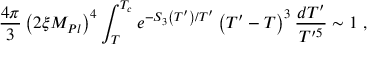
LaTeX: \frac { 4 \pi } { 3 } \left( 2 \xi M _ { P l } \right) ^ { 4 } \int _ { T } ^ { T _ { c } } e ^ { - S _ { 3 } \left( T ^ { \prime } \right) / T ^ { \prime } } \left( T ^ { \prime } - T \right) ^ { 3 } \frac { d T ^ { \prime } } { T ^ { \prime 5 } } \sim 1 \ ,